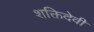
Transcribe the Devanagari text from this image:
शक्तिदेवी